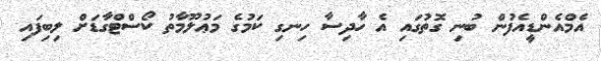
އެމްއެންޑީއެފުން ބުނި ގޮތުގައި އެ ހާދިސާ ހިނގި ކަމުގެ މަޢުލޫމާތު ކޯސްޓްގާޑަށް ލިބިފައި